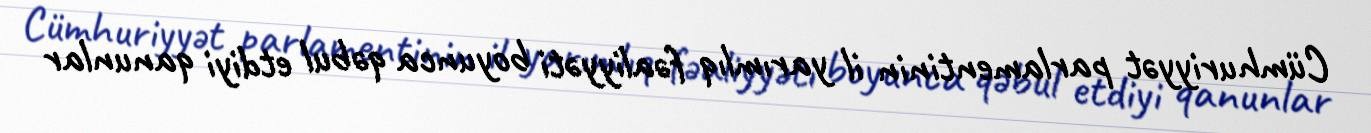
Cümhuriyyət parlamentinin il yarımlıq fəaliyyəti boyunca qəbul etdiyi qanunlar